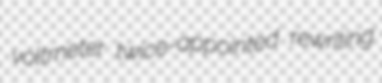
voltmeter twice-appointed rewriting